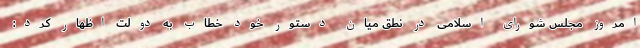
امروز مجلس شورای اسلامی در نطق میان دستور خود خطاب به دولت اظهار کرد: